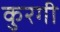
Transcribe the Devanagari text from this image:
कुरगी